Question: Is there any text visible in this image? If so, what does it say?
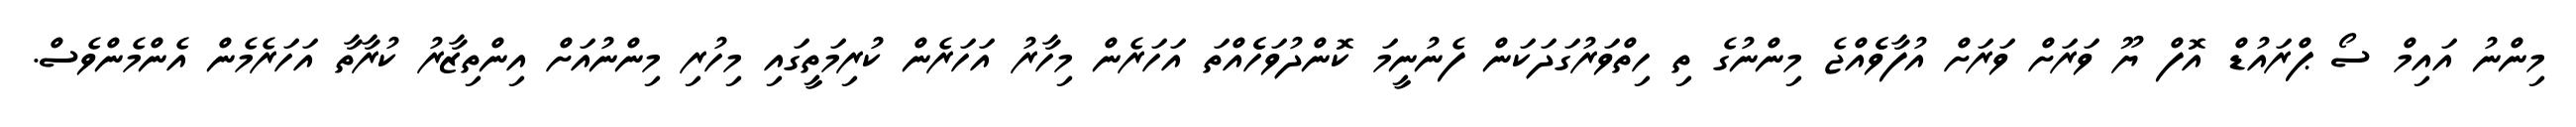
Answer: މިންނު އައިމް ސޯ ޕްރައުޑް އޮފް ޔޫ ވަރަށް ވަރަށް އުފާވެެއްޖެ މިންނުގެ ތި ހިތްވަރުގަދަކަން ފެނުނީމަ ކޮންދުވަހެެއްތަ އަހަރެން މިހާރު އަހަރެން ކުރިމަތީގައި މިހުރި މިންނުއަށް އިންތިޒާރު ކުރާތާ އަހަރެމެން އެންމެންވެސް.